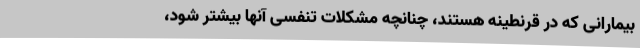
بیمارانی که در قرنطینه هستند، چنانچه مشکلات تنفسی آنها بیشتر شود،